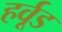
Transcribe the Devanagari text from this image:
हर्वूड